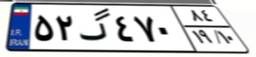
۵۲گ۴۷۰۸۴